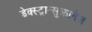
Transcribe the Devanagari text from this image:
डेक्स्ट्रान्सुक्रानेज़